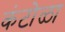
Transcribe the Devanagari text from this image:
कंटोळा